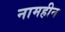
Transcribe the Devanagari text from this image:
नामहीन